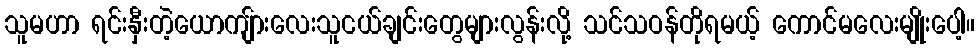
သူမဟာ ရင်းနှီးတဲ့ယောကျ်ားလေးသူငယ်ချင်းတွေများလွန်းလို့ သင်သဝန်တိုရမယ့် ကောင်မလေးမျိုးပေါ့။